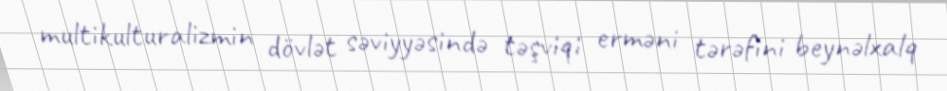
multikulturalizmin dövlət səviyyəsində təşviqi erməni tərəfini beynəlxalq